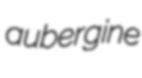
aubergine